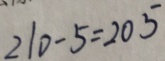
2 1 0 - 5 = 2 0 5